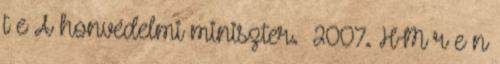
t e A honvédelmi miniszter. 2007. HM r e n